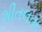
શીતલતા